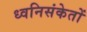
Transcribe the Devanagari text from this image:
ध्वनिसंकेतों